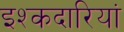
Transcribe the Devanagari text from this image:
इश्कदारियां